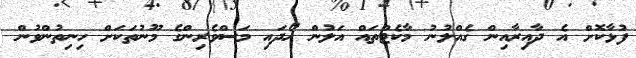
ފުޅާކޮށް އެ ދާއިރާއިން ގެއްލުނު މާކެޓްތައް އަލުން ހޯދައި މަސްވެރިންގެ މޫނުތަކަށް ހިނިތުންވުން